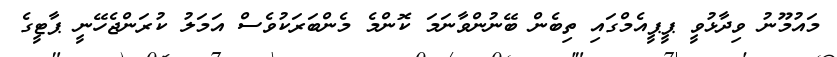
މައުމޫނު ވިދާޅުވީ ޕީޕީއެމްގައި ތިބެން ބޭނުންވާނަމަ ކޮންމެ މެންބަރަކުވެސް އަމަލު ކުރަންޖެހޭނީ ޕާޓީގެ